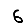
Digit: 6